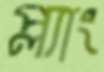
প্ল্যাং